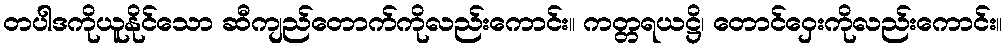
တပါဒကိုယူနိုင်သော ဆီကျည်တောက်ကိုလည်းကောင်း။ ကတ္တရယဋ္ဌိ၊ တောင်ဝှေးကိုလည်းကောင်း။